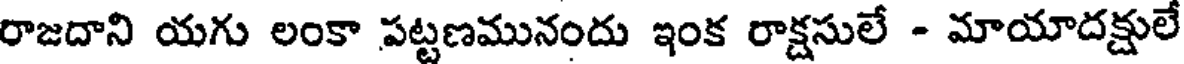
రాజదాని యగు లంకా పట్టణమునందు ఇంక రాక్షసులే - మాయాదక్షులే